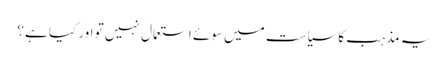
یہ مذہب کاسیاست میں سوئے استعمال نہیں تو اور کیا ہے؟